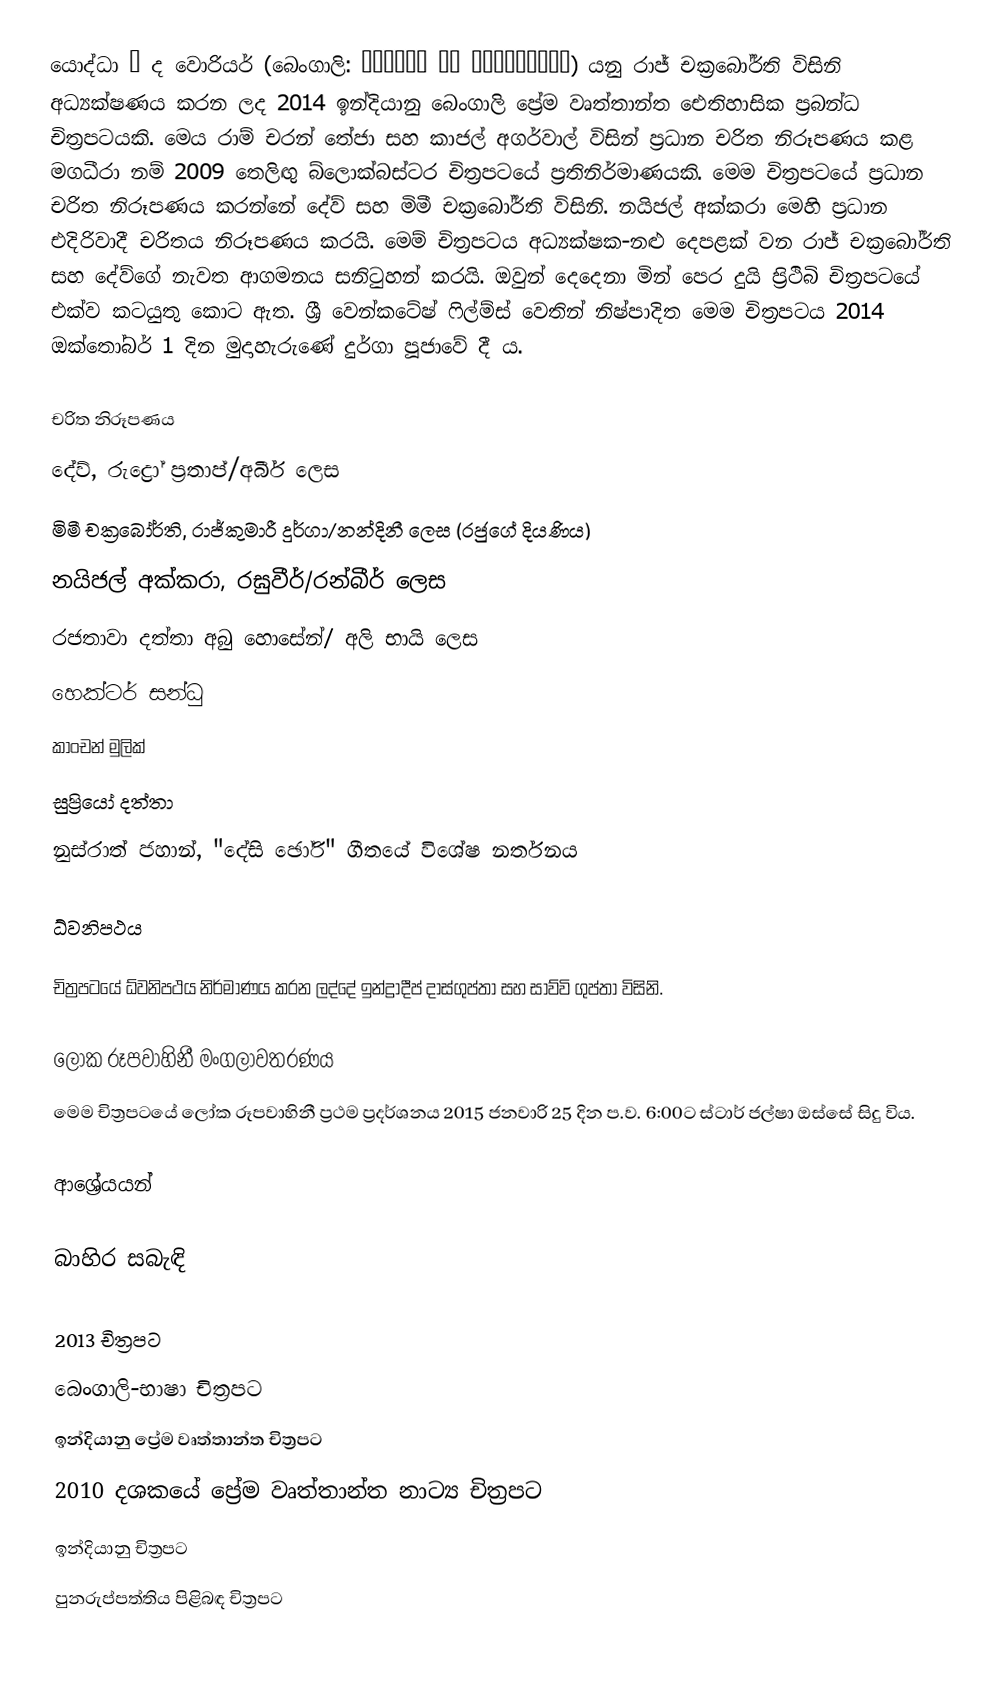
යොද්ධා – ද වොරියර් (බෙංගාලි: যোদ্ধা দি ওয়ারিয়র) යනු රාජ් චක්‍රබෝර්ති විසිනි අධ්‍යක්ෂණය කරන ලද 2014  ඉන්දියානු බෙංගාලි ප්‍රේම වෘත්තාන්ත ඓතිහාසික ප්‍රබන්ධ චිත්‍රපටයකි. මෙය රාම් චරන් තේජා සහ කාජල් අගර්වාල් විසින් ප්‍රධාන චරිත නිරූපණය කළ මගධීරා නම් 2009 තෙලිඟු බ්ලොක්බස්ටර චිත්‍රපටයේ ප්‍රතිනිර්මාණයකි. මෙම චිත්‍රපටයේ ප්‍රධාන චරිත නිරූපණය කරන්නේ දේව් සහ මිමී චක්‍රබෝර්ති විසිනි. නයිජල් අක්කරා මෙහි ප්‍රධාන එදිරිවාදී චරිතය නිරූපණය කරයි. මෙම් චිත්‍රපටය අධ්‍යක්ෂක-නළු දෙපළක් වන රාජ් චක්‍රබෝර්ති සහ දේව්ගේ නැවත ආගමනය සනිටුහන් කරයි. ඔවුන් දෙදෙනා මින් පෙර දුයි ප්‍රිථිබි චිත්‍රපටයේ එක්ව කටයුතු කොට ඇත. ශ්‍රී වෙන්කටේෂ් ෆිල්ම්ස් වෙතින් නිෂ්පාදිත මෙම චිත්‍රපටය 2014 ඔක්තෝබර් 1 දින මුදාහැරුණේ දුර්ගා පූජාවේ දී ය.

චරිත නිරූපණය
 දේව්, රුද්‍රෝ ප්‍රතාප්/අබීර් ලෙස
 මිමී චක්‍රබෝර්ති, රාජ්කුමාරී දුර්ගා/නන්දිනී ලෙස (රජුගේ දියණිය)
 නයිජල් අක්කරා, රඝුවීර්/රන්බීර් ලෙස
 රජතාවා දත්තා අබු හොසේන්/ අලි භායි ලෙස
 හෙක්ටර් සන්ධු
 කාංචන් මුලික්
 සුප්‍රියෝ දත්තා
 නුස්රාත් ජහාන්, "දේසි ඡෝරි" ගීතයේ විශේෂ නර්තනය

ධ්වනිපථය

චිත්‍රපටයේ ධ්වනිපථය නිර්මාණය කරන ලද්දේ ඉන්ද්‍රාදීප් දාස්ගුප්තා සහ සාව්වි ගුප්තා විසිනි.

ලෝක රූපවාහිනී මංගලාවතරණය
මෙම චිත්‍රපටයේ ලෝක රූපවාහිනී ප්‍රථම ප්‍රදර්ශනය 2015 ජනවාරි 25 දින ප.ව. 6:00ට ස්ටාර් ජල්ෂා ඔස්සේ සිදු විය.

ආශ්‍රේයයන්

බාහිර සබැඳි

2013 චිත්‍රපට
බෙංගාලි-භාෂා චිත්‍රපට
ඉන්දියානු ප්‍රේම වෘත්තාන්ත චිත්‍රපට
2010 දශකයේ ප්‍රේම වෘත්තාන්ත නාට්‍ය චිත්‍රපට
ඉන්දියානු චිත්‍රපට
පුනරුප්පත්තිය පිළිබඳ චිත්‍රපට